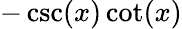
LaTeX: -\csc(x)\cot(x)